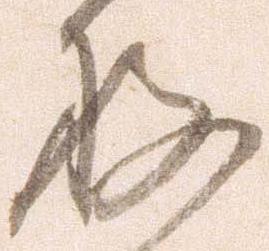
存